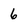
Character: 6